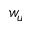
w _ { u }